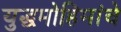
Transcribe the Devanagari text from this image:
युद्धमोहिमांचे